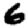
Digit: 6